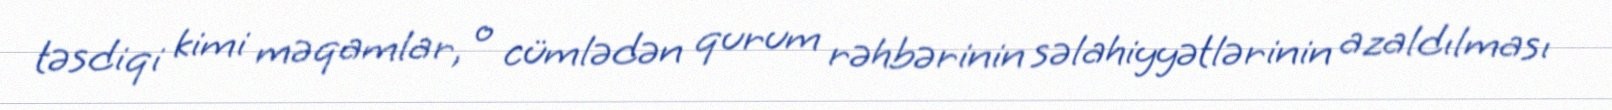
təsdiqi kimi məqamlar, o cümlədən qurum rəhbərinin səlahiyyətlərinin azaldılması